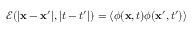
\mathcal { E } ( | \mathbf { x } - \mathbf { x } ^ { \prime } | , | t - t ^ { \prime } | ) = \langle \phi ( \mathbf { x } , t ) \phi ( \mathbf { x } ^ { \prime } , t ^ { \prime } ) \rangle